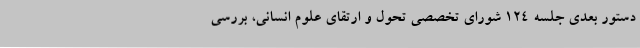
دستور بعدی جلسه ۱۲۴ شورای تخصصی تحول و ارتقاي علوم انسانی، بررسی